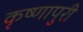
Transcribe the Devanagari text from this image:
कृष्णापुरी